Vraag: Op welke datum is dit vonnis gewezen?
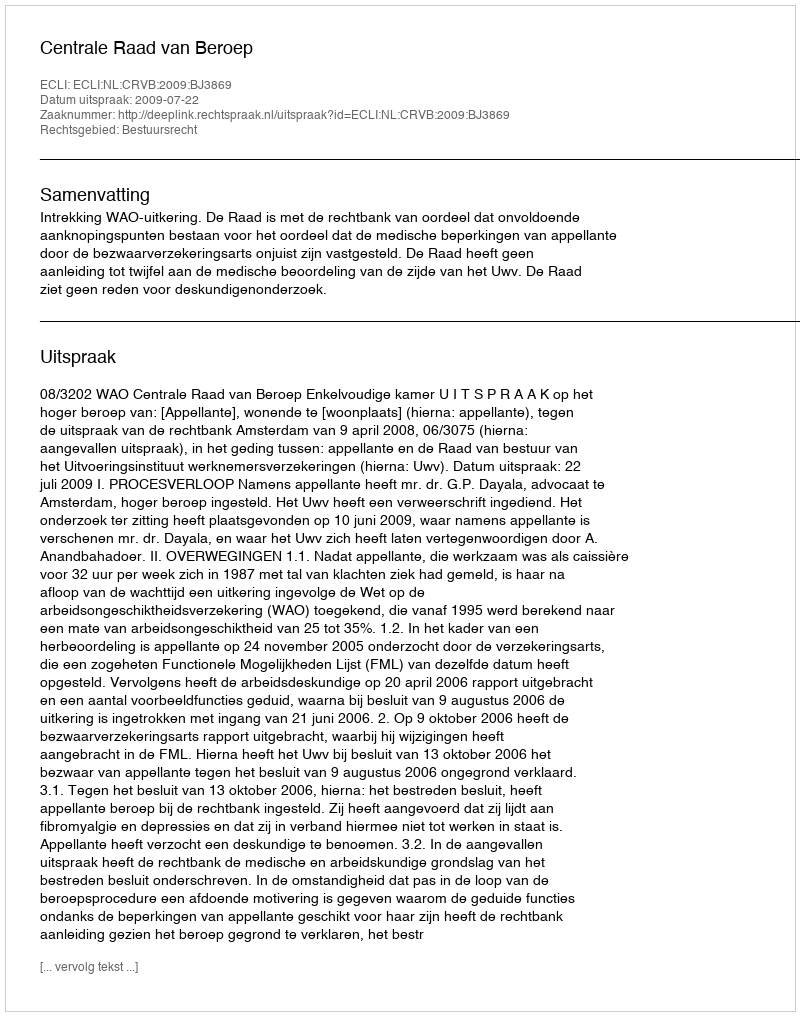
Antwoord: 2009-07-22